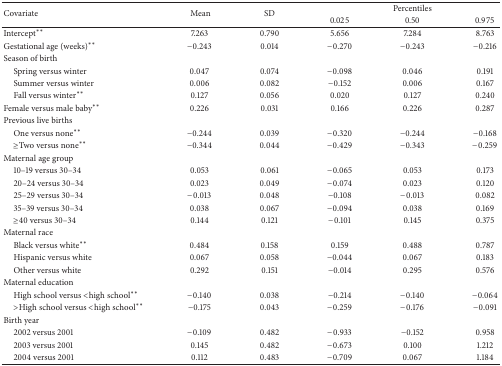
<table><thead><tr><td rowspan="2"><b>Covariate </b></td><td rowspan="2"><b> Mean</b></td><td rowspan="2"><b>SD</b></td><td colspan="3"><b> Percentiles</b></td></tr><tr><td><b>0.025</b></td><td><b>0.50</b></td><td><b>0.975</b></td></tr></thead><tbody><tr><td>Intercept**</td><td> 7.263 </td><td> 0.790 </td><td> 5.656 </td><td> 7.284 </td><td> 8.763 </td></tr><tr><td>Gestational age (weeks)**</td><td>−0.243 </td><td> 0.014 </td><td>−0.270 </td><td>−0.243 </td><td>−0.216 </td></tr><tr><td>Season of birth </td><td> </td><td> </td><td> </td><td> </td><td> </td></tr><tr><td> Spring versus winter </td><td> 0.047 </td><td> 0.074 </td><td>−0.098 </td><td> 0.046 </td><td> 0.191 </td></tr><tr><td> Summer versus winter </td><td> 0.006 </td><td> 0.082 </td><td>−0.152 </td><td> 0.006 </td><td> 0.167 </td></tr><tr><td> Fall versus winter**</td><td> 0.127 </td><td> 0.056 </td><td> 0.020 </td><td> 0.127 </td><td> 0.240 </td></tr><tr><td>Female versus male baby**</td><td> 0.226 </td><td> 0.031 </td><td> 0.166 </td><td> 0.226 </td><td> 0.287 </td></tr><tr><td>Previous live births </td><td> </td><td> </td><td> </td><td> </td><td> </td></tr><tr><td> One versus none**</td><td>−0.244 </td><td> 0.039 </td><td>−0.320 </td><td>−0.244 </td><td>−0.168 </td></tr><tr><td> ≥Two versus none**</td><td>−0.344 </td><td> 0.044 </td><td>−0.429 </td><td>−0.343 </td><td>−0.259 </td></tr><tr><td>Maternal age group </td><td> </td><td> </td><td> </td><td> </td><td> </td></tr><tr><td> 10–19 versus 30–34 </td><td> 0.053 </td><td> 0.061 </td><td>−0.065 </td><td> 0.053 </td><td> 0.173 </td></tr><tr><td> 20–24 versus 30–34 </td><td> 0.023 </td><td> 0.049 </td><td>−0.074 </td><td> 0.023 </td><td> 0.120</td></tr><tr><td> 25–29 versus 30–34 </td><td>−0.013 </td><td> 0.048 </td><td>−0.108 </td><td>−0.013 </td><td> 0.082</td></tr><tr><td> 35–39 versus 30–34 </td><td> 0.038 </td><td> 0.067 </td><td>−0.094 </td><td> 0.038 </td><td> 0.169</td></tr><tr><td> ≥40 versus 30–34 </td><td> 0.144 </td><td> 0.121 </td><td>−0.101 </td><td> 0.145 </td><td> 0.375 </td></tr><tr><td>Maternal race </td><td> </td><td> </td><td> </td><td> </td><td> </td></tr><tr><td> Black versus white**</td><td> 0.484 </td><td> 0.158 </td><td> 0.159 </td><td> 0.488 </td><td> 0.787 </td></tr><tr><td> Hispanic versus white </td><td> 0.067 </td><td> 0.058 </td><td>−0.044 </td><td> 0.067 </td><td> 0.183 </td></tr><tr><td> Other versus white </td><td> 0.292 </td><td> 0.151 </td><td>−0.014 </td><td> 0.295 </td><td> 0.576 </td></tr><tr><td>Maternal education </td><td> </td><td> </td><td> </td><td> </td><td> </td></tr><tr><td> High school versus &lt;high school**</td><td>−0.140 </td><td> 0.038 </td><td>−0.214 </td><td>−0.140 </td><td>−0.064</td></tr><tr><td> &gt;High school versus &lt;high school**</td><td>−0.175 </td><td>0.043 </td><td>−0.259 </td><td>−0.176 </td><td>−0.091</td></tr><tr><td>Birth year </td><td> </td><td> </td><td> </td><td> </td><td> </td></tr><tr><td> 2002 versus 2001 </td><td>−0.109 </td><td> 0.482 </td><td>−0.933 </td><td>−0.152 </td><td> 0.958 </td></tr><tr><td> 2003 versus 2001 </td><td> 0.145 </td><td> 0.482 </td><td>−0.673 </td><td> 0.100 </td><td> 1.212 </td></tr><tr><td> 2004 versus 2001 </td><td> 0.112 </td><td> 0.483 </td><td>−0.709 </td><td> 0.067 </td><td> 1.184</td></tr></tbody></table>